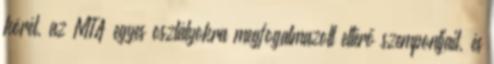
körét, az MTA egyes osztályokra megfogalmazott eltérő szempontjait, és